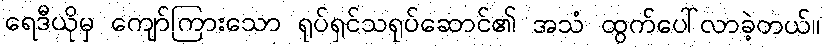
ရေဒီယိုမှ ကျော်ကြားသော ရုပ်ရှင်သရုပ်ဆောင်၏ အသံ ထွက်ပေါ်လာခဲ့တယ်။